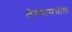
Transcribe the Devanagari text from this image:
लेण्यामधील